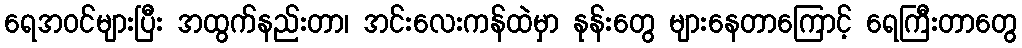
ရေအဝင်များပြီး အထွက်နည်းတာ၊ အင်းလေးကန်ထဲမှာ နုန်းတွေ များနေတာကြောင့် ရေကြီးတာတွေ